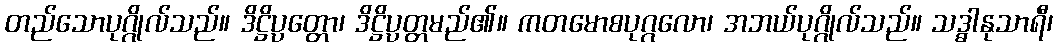
တည်သောပုဂ္ဂိုလ်သည်။ ဒိဋ္ဌိပ္ပတ္တော၊ ဒိဋ္ဌိပ္ပတ္တမည်၏။ ကတမောစပုဂ္ဂလော၊ အဘယ်ပုဂ္ဂိုလ်သည်။ သဒ္ဓါနုသာရီ၊